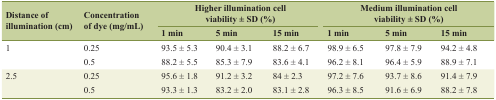
<table><thead><tr><td rowspan="2"><b>Distance of illumination (cm)</b></td><td rowspan="2"><b>Concentration of dye (mg/mL)</b></td><td colspan="3"><b>Higher illumination cell viability ± SD (%)</b></td><td colspan="3"><b>Medium illumination cell viability ± SD (%)</b></td></tr><tr><td><b>1 min</b></td><td><b>5 min</b></td><td><b>15 min</b></td><td><b>1 min</b></td><td><b>5 min</b></td><td><b>15 min</b></td></tr></thead><tbody><tr><td rowspan="2">1</td><td>0.25</td><td>93.5 ± 5.3</td><td>90.4 ± 3.1</td><td>88.2 ± 6.7</td><td>98.9 ± 6.5</td><td>97.8 ± 7.9</td><td>94.2 ± 4.8</td></tr><tr><td>0.5</td><td>88.2 ± 5.5</td><td>85.3 ± 7.9</td><td>83.6 ± 4.1</td><td>96.2 ± 8.1</td><td>96.4 ± 5.9</td><td>88.9 ± 7.1</td></tr><tr><td rowspan="2">2.5</td><td>0.25</td><td>95.6 ± 1.8</td><td>91.2 ± 3.2</td><td>84 ± 2.3</td><td>97.2 ± 7.6</td><td>93.7 ± 8.6</td><td>91.4 ± 7.9</td></tr><tr><td>0.5</td><td>93.3 ± 1.3</td><td>83.2 ± 2.0</td><td>83.1 ± 2.8</td><td>96.3 ± 8.5</td><td>91.6 ± 6.9</td><td>88.2 ± 7.8</td></tr></tbody></table>